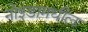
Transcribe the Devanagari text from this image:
नोइडामधील